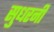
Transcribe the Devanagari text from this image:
सुधरनी